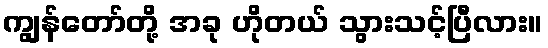
ကျွန်တော်တို့ အခု ဟိုတယ် သွားသင့်ပြီလား။